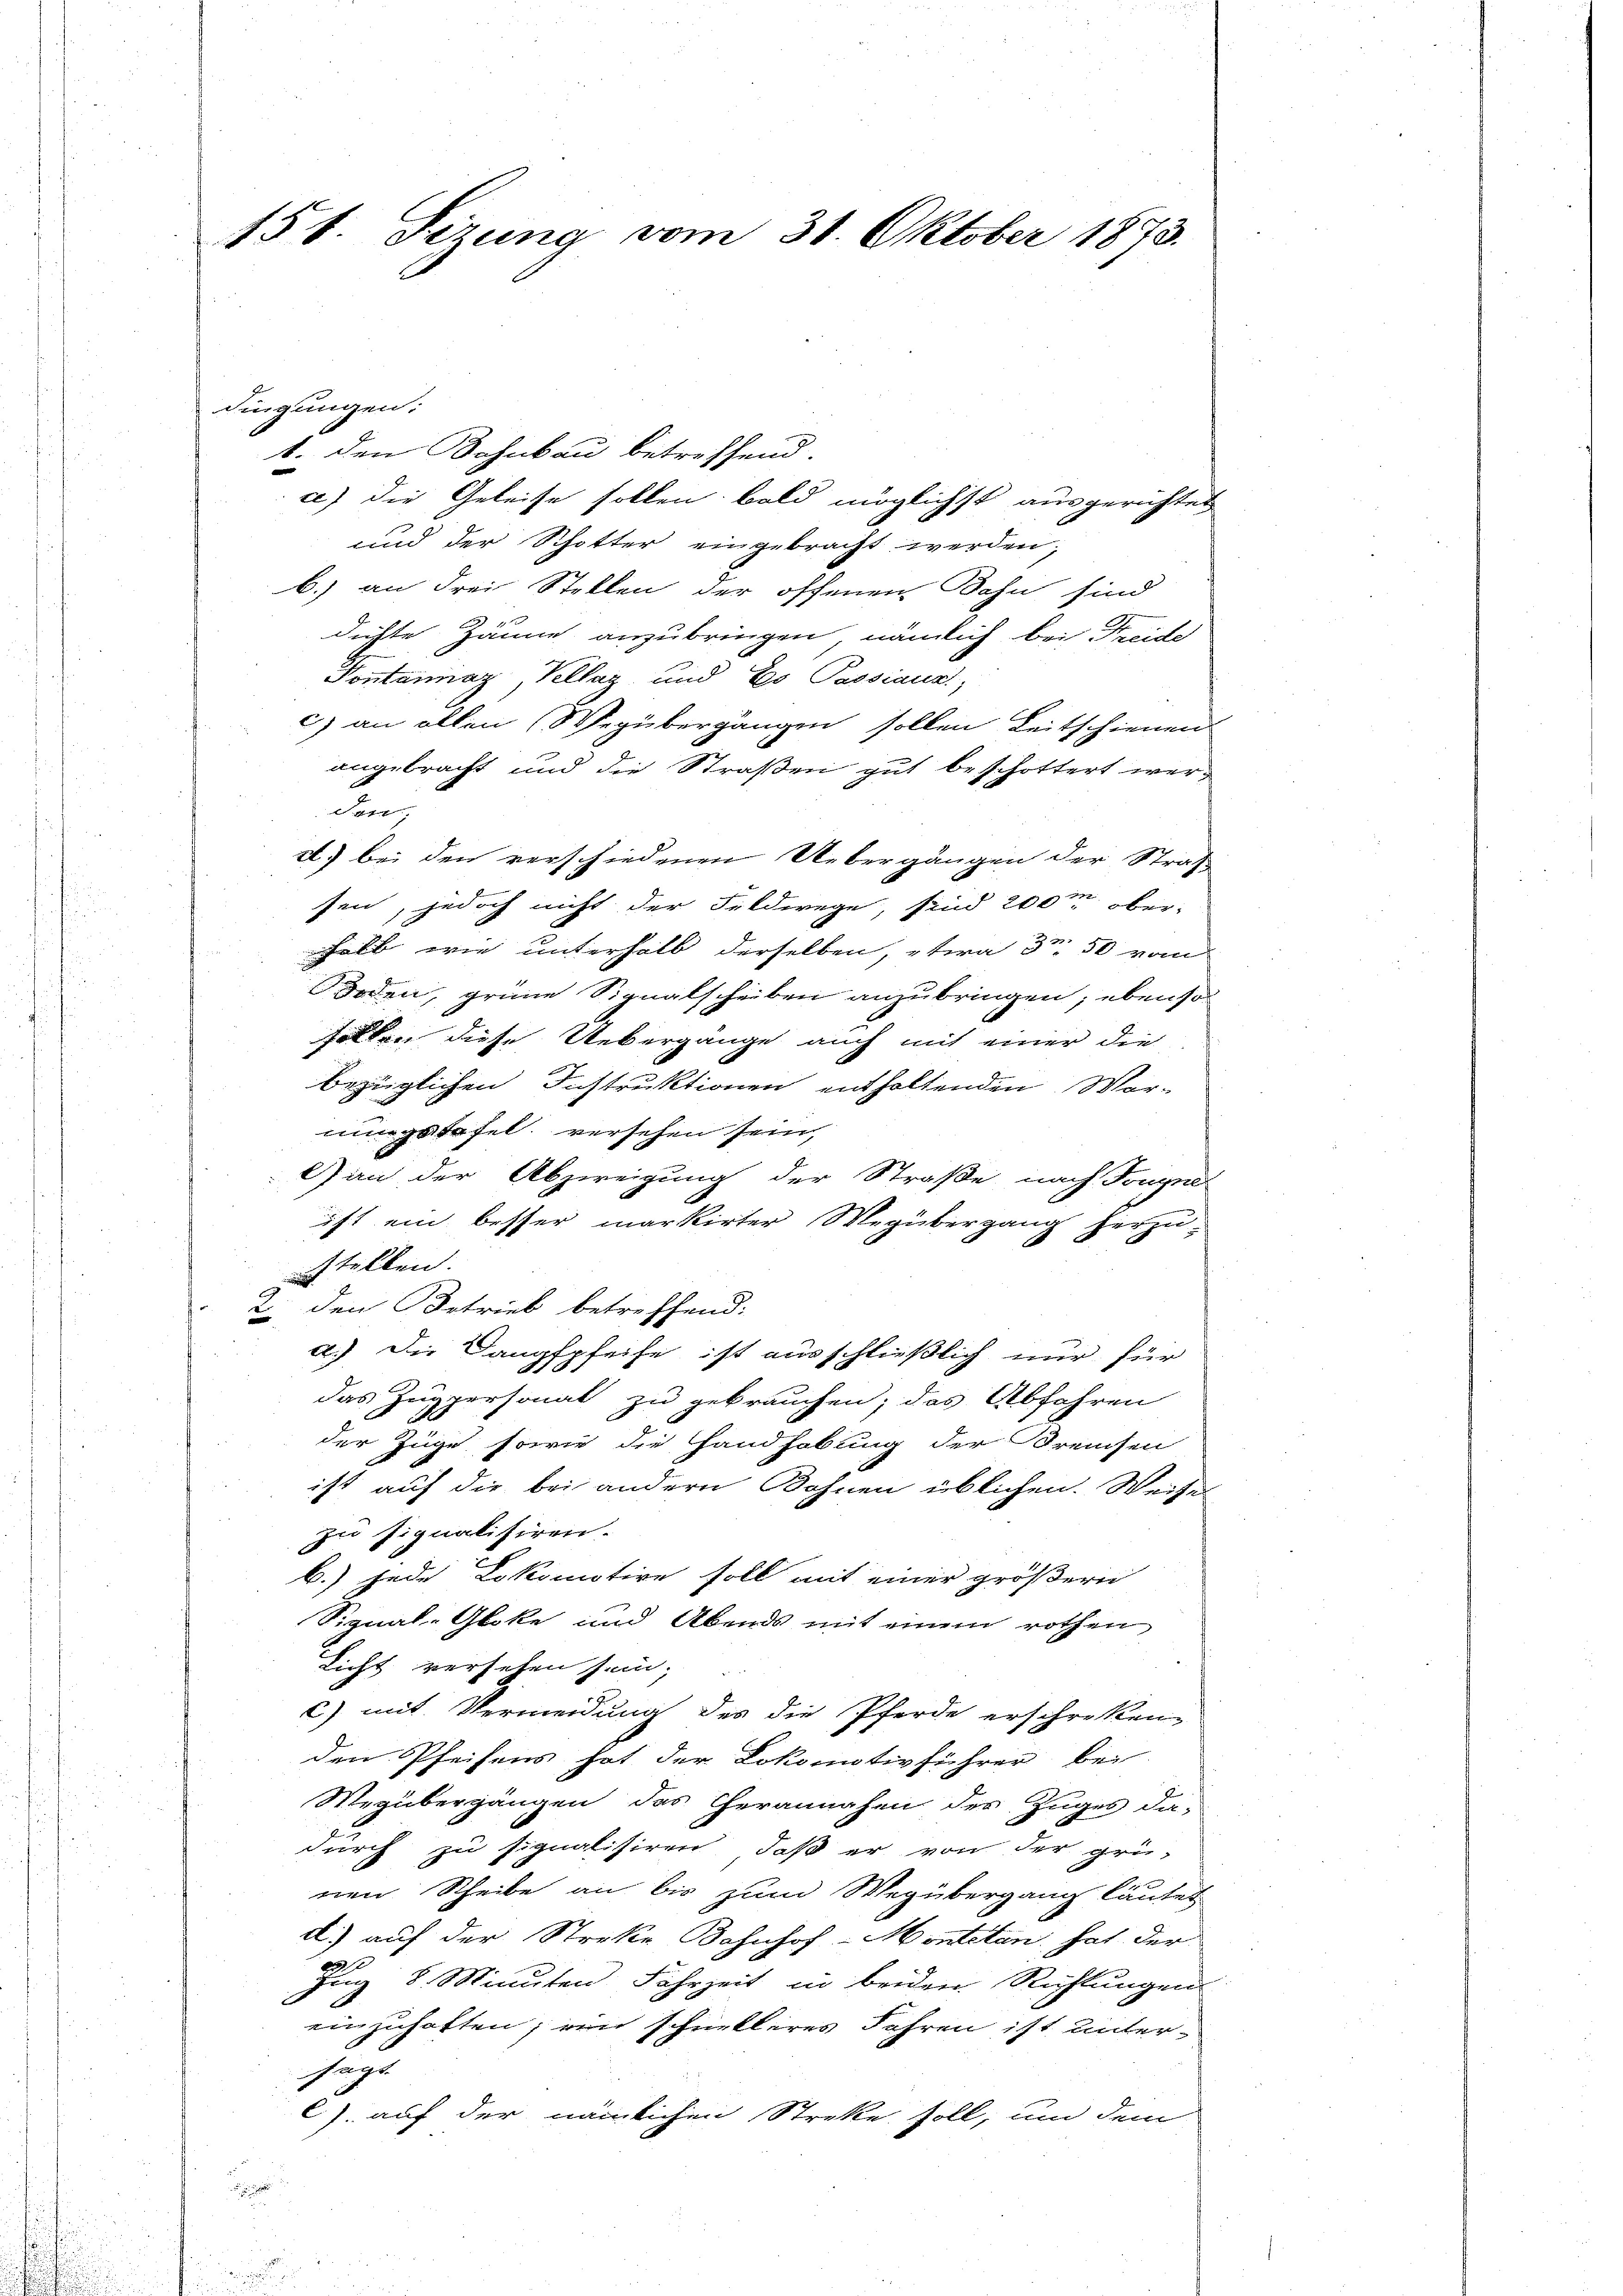
151. Sizung vom 31. Oktober 1873.

dingungen:
1. den Bahnbau betreffend.
a) die Geleise sollen bald möglichst ausgerichtet
und der Schotter eingebracht werden;
b.) an drei Stellen der offenen Bahn sind
dichte Zäune anzubringen, nämlich bei Streide
Pontannaz, Kellag und Eo Passiaur,
c) an allen (Wegübergangen sollen Leitschienen
angebracht und die Straßen gut beschottert werden,
2) bei den verschiedenen Uebergängen der Straß
sen, jedoch nicht der Feldwege, sind 200m ober-
halb wie unterhalb derselben, etwa 3 50 vom
Boden, grüne Signalscheiben anzubringen; ebenso
holten diese Uebergänge auch mit einer die
bezüglichen Instruktionen enthaltenden Wormingstafel. versehen sein,
Gan der Abzweigung der Straße nach Trugne
ist ein besser markirter Wegübergang herzustellen.
2. den Betrieb betreffend:
a.) Die Langspfeife ist ausschließlich nur für
das Zug personat zu gebrauchen; das Abfahren
der Züge sowie die Handhabung der Kreisen
ist auf die bei andern Bohnen üblichen. Weises
zu signalisiren.
b.) Jede Lokomotive soll mit einer größere
Signal-Gloke und Abends mit einem rothen
Licht versehen sein;
c) mit Vermeidung des die Pferde erschrecken,
den Pfeifens hat der Lokomotivführer bei
Wegübergängen des Cherannahe der Zuges da-
durch zu signalisiren, daß er von der grü-
nen Scheibe an bis zum Wegübergang läutet
d) auf der Streke Bahnhof-Montetan, hat der
Zug 8 Minuten Fahrzeit in beiden Richtungen
einzuhalten, ein schnelleres Jahren ist untersage
C. auf der nämlichen Streke soll, um dem